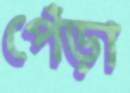
পেঁড়া